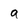
Character: g